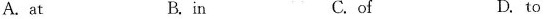
A.at B. in C. of D. to